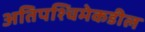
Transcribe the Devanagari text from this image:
अतिपश्चिमेकडील